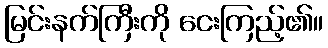
မြင်းနက်ကြီးကို ငေးကြည့်၏။